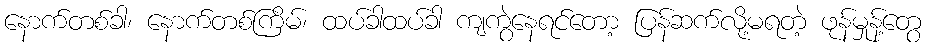
နောက်တစ်ခါ၊ နောက်တစ်ကြိမ်၊ ထပ်ခါထပ်ခါ ကျကွဲနေရင်တော့ ပြန်ဆက်လို့မရတဲ့ ဖုန်မှုန့်တွေ